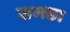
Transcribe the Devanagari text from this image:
समछा